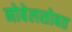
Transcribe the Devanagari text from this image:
नोबेलसोबत